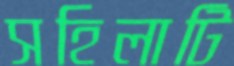
সহিলাটি